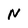
Character: N